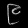
Digit: ၉